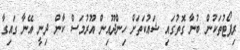
ރިޕޯޓުތަކުން ބުނާ ގޮތުގައި ޝައުކަތަށް ހިންދޫއިން އޫރުމަސް ކާން ދިނީ އޭނާ ގައިގާ